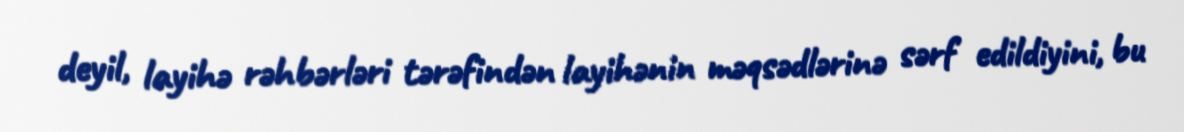
deyil, layihə rəhbərləri tərəfindən layihənin məqsədlərinə sərf edildiyini, bu